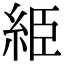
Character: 䋗